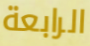
الرابعة